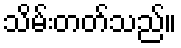
သိမ်းတတ်သည်။